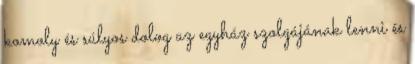
komoly és súlyos dolog az egyház szolgájának lenni és